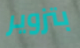
بتزوير